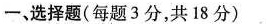
-、选择题(每题3分，共18分)